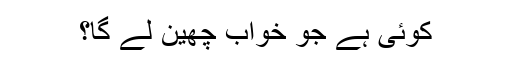
کوئی ہے جو خواب چھین لے گا؟